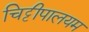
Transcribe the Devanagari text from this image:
चिट्टीपालयम